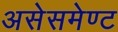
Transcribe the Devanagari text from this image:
असेसमेण्ट